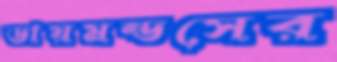
ডায়মন্ডসের